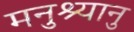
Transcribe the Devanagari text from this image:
मनुश्यानु